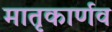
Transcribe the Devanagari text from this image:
मातृकार्णव